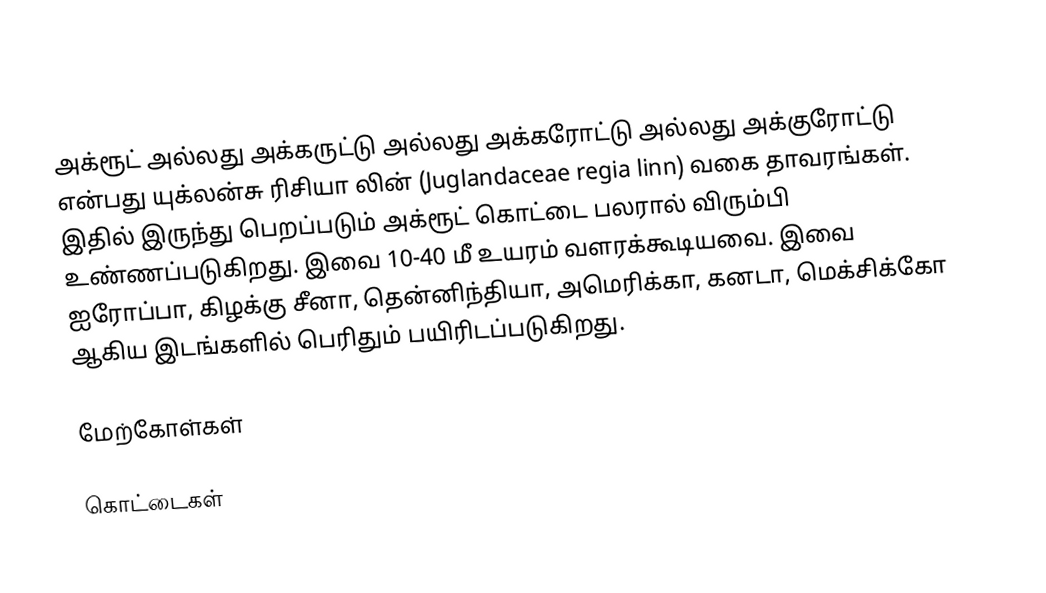
அக்ரூட் அல்லது அக்கருட்டு அல்லது அக்கரோட்டு அல்லது அக்குரோட்டு என்பது யுக்லன்சு ரிசியா லின் (Juglandaceae regia linn) வகை தாவரங்கள். இதில் இருந்து பெறப்படும் அக்ரூட் கொட்டை பலரால் விரும்பி உண்ணப்படுகிறது. இவை 10-40 மீ உயரம் வளரக்கூடியவை. இவை ஐரோப்பா, கிழக்கு சீனா, தென்னிந்தியா, அமெரிக்கா, கனடா, மெக்சிக்கோ ஆகிய இடங்களில் பெரிதும் பயிரிடப்படுகிறது.

மேற்கோள்கள்

கொட்டைகள்